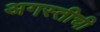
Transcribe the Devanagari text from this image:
अगस्तीची